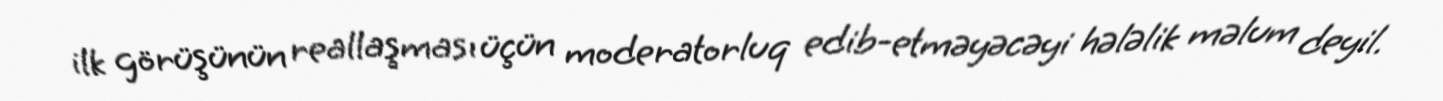
ilk görüşünün reallaşması üçün moderatorluq edib-etməyəcəyi hələlik məlum deyil.